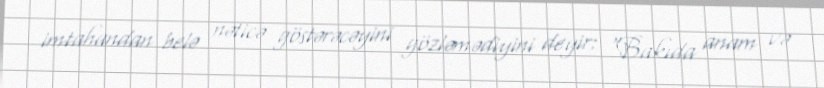
imtahandan belə nəticə göstərəcəyini gözləmədiyini deyir: “Bakıda anam və